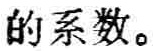
的系数。